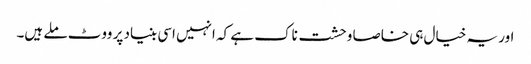
اور یہ خیال ہی خاصا وحشت ناک ہے کہ انہیں اسی بنیاد پر ووٹ ملے ہیں۔